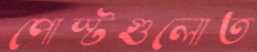
পোস্টগুলোত